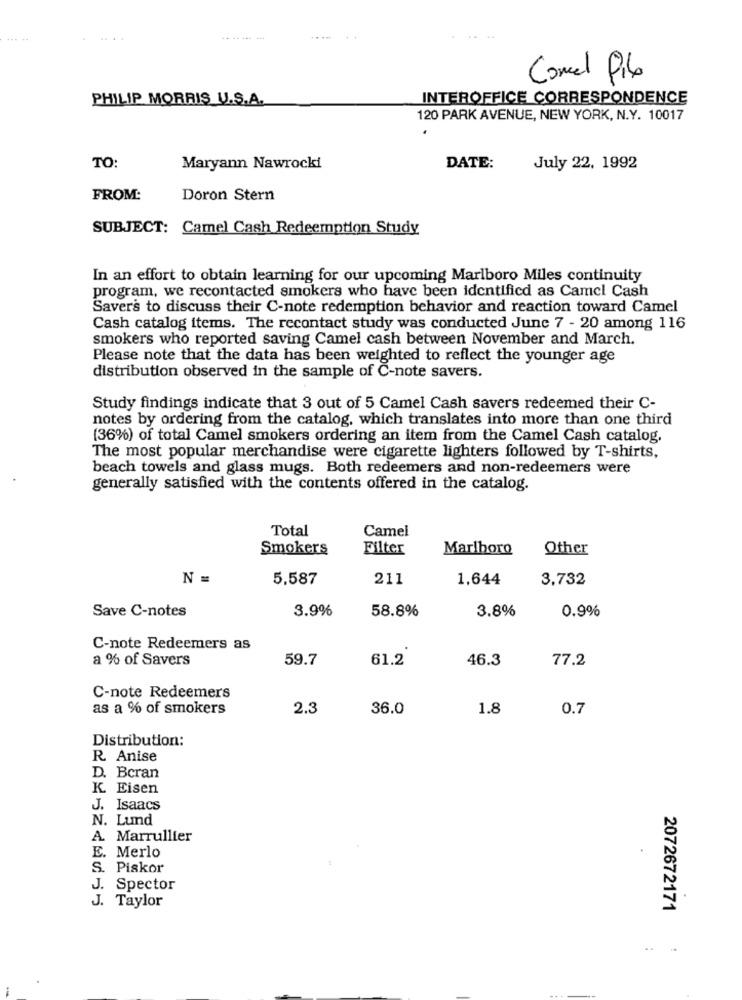
Comel Pibe
PHILIP MORRIS U.S.A.
INTEROFFICE CORRESPONDENCE
120 PARK AVENUE, NEW YORK, N.Y. 10017
TO:
Maryann Nawrocki
DATE:
July 22, 1992
FROM:
Doron Stern
SUBJECT: Camel Cash Redeemption Study
In an effort to obtain learning for our upcoming Marlboro Miles continuity
program, we recontacted smokers who have been identified as Camel Cash
Savers to discuss their C-note redemption behavior and reaction toward Camel
Cash catalog items. The recontact study was conducted June 7 - 20 among 116
smokers who reported saving Camel cash between November and March.
Please note that the data has been weighted to reflect the younger age
distribution observed in the sample of C-note savers.
Study findings indicate that 3 out of 5 Camel Cash savers redeemed their C-
notes by ordering from the catalog, which translates into more than one third
(36%) of total Camel smokers ordering an item from the Camel Cash catalog.
The most popular merchandise were cigarette lighters followed by T-shirts,
beach towels and glass mugs. Both redeemers and non-redeemers were
generally satisfied with the contents offered in the catalog.
Total
Camel
Smokers
Filter
Marlboro
Other
N =
5,587
211
1,644
3,732
Save C-notes
3.9%
58.8%
3.8%
0.9%
C-note Redeemers as
a % of Savers
59.7
61.2
46.3
77.2
C-note Redeemers
as a % of smokers
2.3
36.0
1.8
0.7
Distribution:
R. Anise
D. Bcran
K. Eisen
J. Isaacs
N. Lund
A. Marrullier
E. Merlo
S. Piskor
J. Spector
J. Taylor
2072672171
--